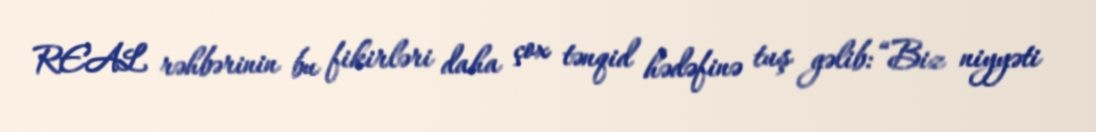
REAL rəhbərinin bu fikirləri daha çox tənqid hədəfinə tuş gəlib: “Biz niyyəti